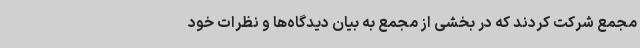
مجمع شرکت کردند که در بخشی از مجمع به بیان دیدگاه‌ها و نظرات خود